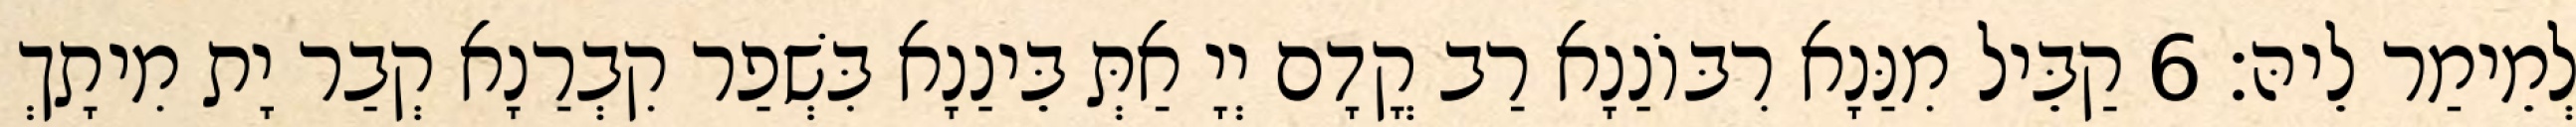
לְמֵימַר לֵיהּ׃ 6 קַבֵּיל מִנַּנָא רִבּוֹנַנָא רַב קֳדָם יְיָ אַתְּ בֵּינַנָא בִּשְׁפַר קִבְרַנָא קְבַר יָת מִיתָךְ